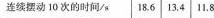
连续摆动10次的时间/s18。6│13，。